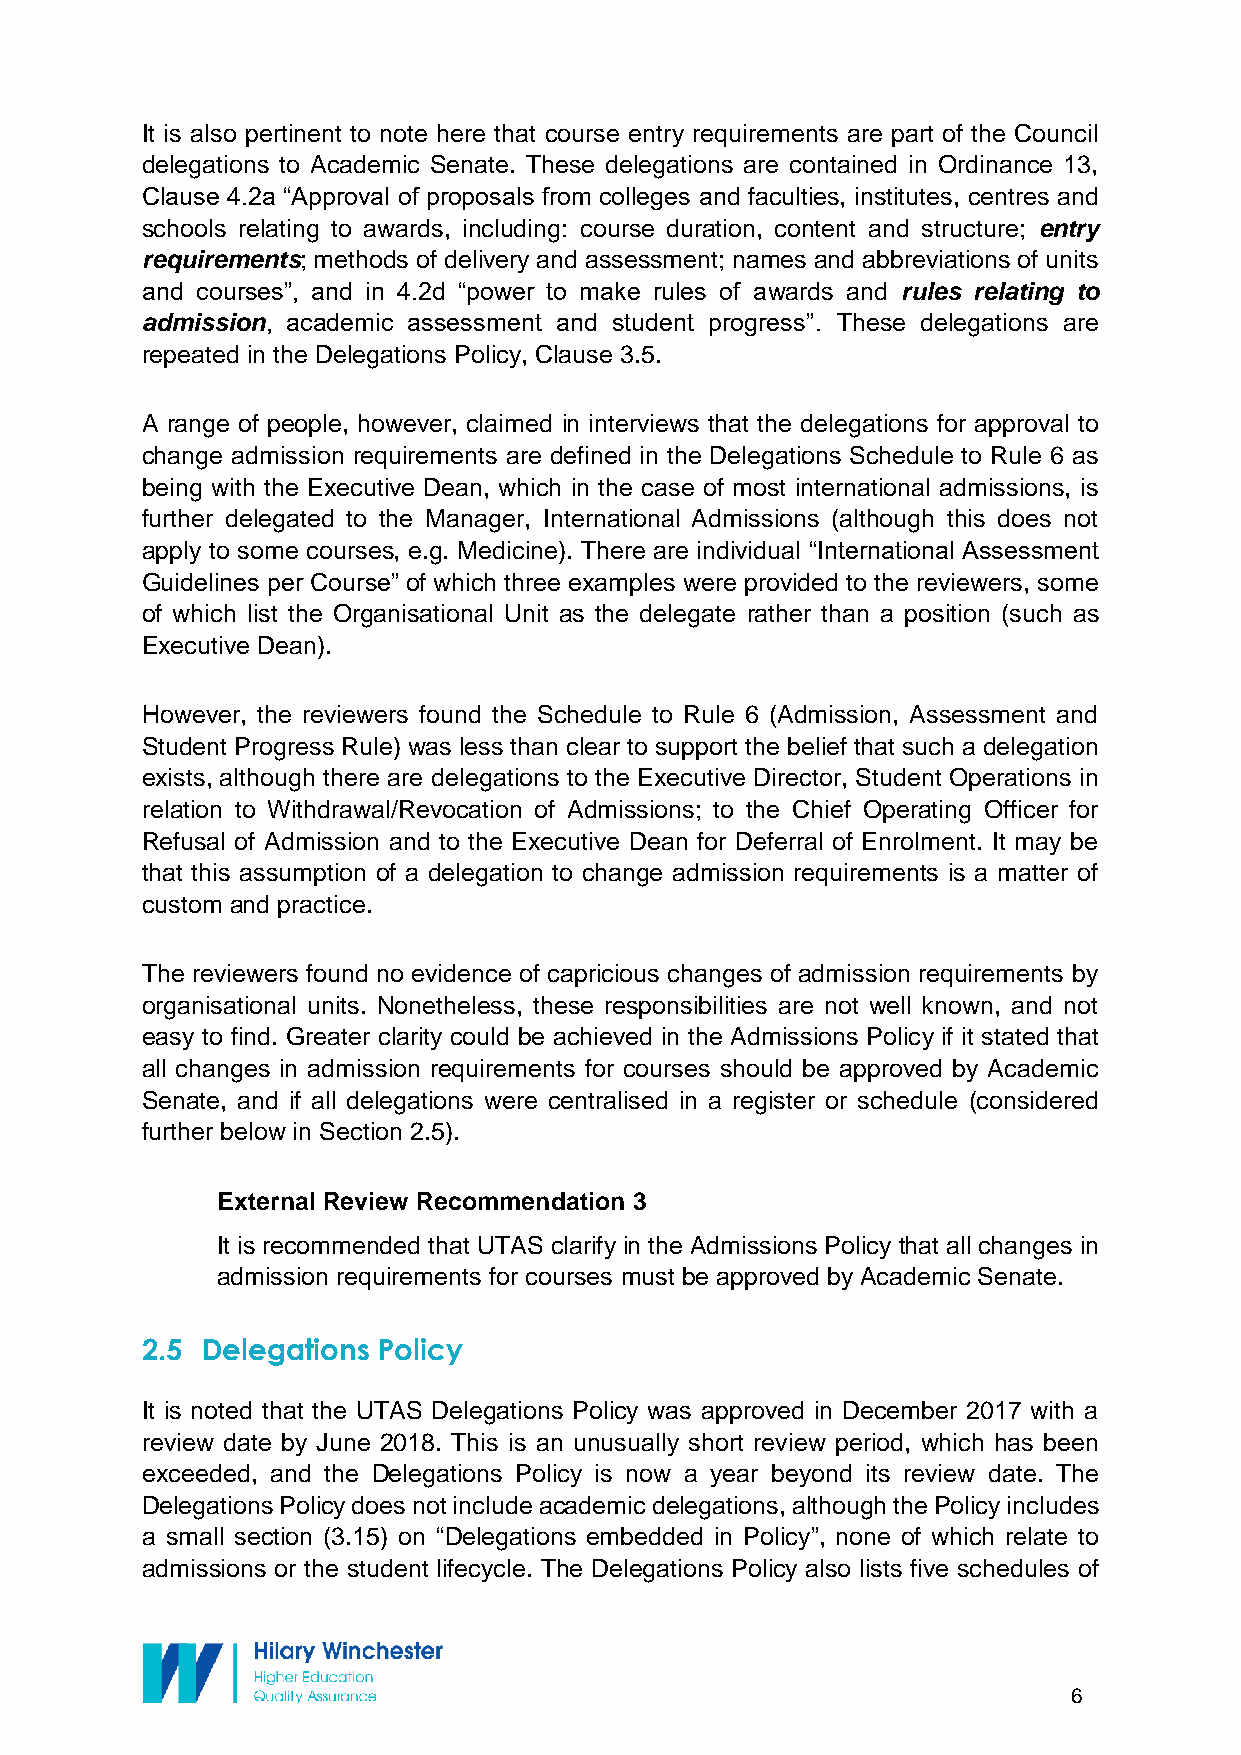
It is also pertinent to note here that course entry requirements are part of the Council
 delegations to Academic Senate. These delegations are contained in Ordinance 13,
 Clause 4.2a “Approval of proposals from colleges and faculties, institutes, centres and
 schools relating to awards, including: course duration, content and structure; entry
 requirements; methods of delivery and assessment; names and abbreviations of units
 and courses”, and in 4.2d “power to make rules of awards and rules relating to
 admission, academic assessment and student progress”. These delegations are
 repeated in the Delegations Policy, Clause 3.5.
 A range of people, however, claimed in interviews that the delegations for approval to
 change admission requirements are defined in the Delegations Schedule to Rule 6 as
 being with the Executive Dean, which in the case of most international admissions, is
 further delegated to the Manager, International Admissions (although this does not
 apply to some courses, e.g. Medicine). There are individual “International Assessment
 Guidelines per Course” of which three examples were provided to the reviewers, some
 of which list the Organisational Unit as the delegate rather than a position (such as
 Executive Dean).
 However, the reviewers found the Schedule to Rule 6 (Admission, Assessment and
 Student Progress Rule) was less than clear to support the belief that such a delegation
 exists, although there are delegations to the Executive Director, Student Operations in
 relation to Withdrawal/Revocation of Admissions; to the Chief Operating Officer for
 Refusal of Admission and to the Executive Dean for Deferral of Enrolment. It may be
 that this assumption of a delegation to change admission requirements is a matter of
 custom and practice.
 The reviewers found no evidence of capricious changes of admission requirements by
 organisational units. Nonetheless, these responsibilities are not well known, and not
 easy to find. Greater clarity could be achieved in the Admissions Policy if it stated that
 all changes in admission requirements for courses should be approved by Academic
 Senate, and if all delegations were centralised in a register or schedule (considered
 further below in Section 2.5).
 External Review Recommendation 3
 It is recommended that UTAS clarify in the Admissions Policy that all changes in
 admission requirements for courses must be approved by Academic Senate.
 2.5 Delegations Policy
 It is noted that the UTAS Delegations Policy was approved in December 2017 with a
 review date by June 2018. This is an unusually short review period, which has been
 exceeded, and the Delegations Policy is now a year beyond its review date. The
 Delegations Policy does not include academic delegations, although the Policy includes
 a small section (3.15) on “Delegations embedded in Policy”, none of which relate to
 admissions or the student lifecycle. The Delegations Policy also lists five schedules of
 6